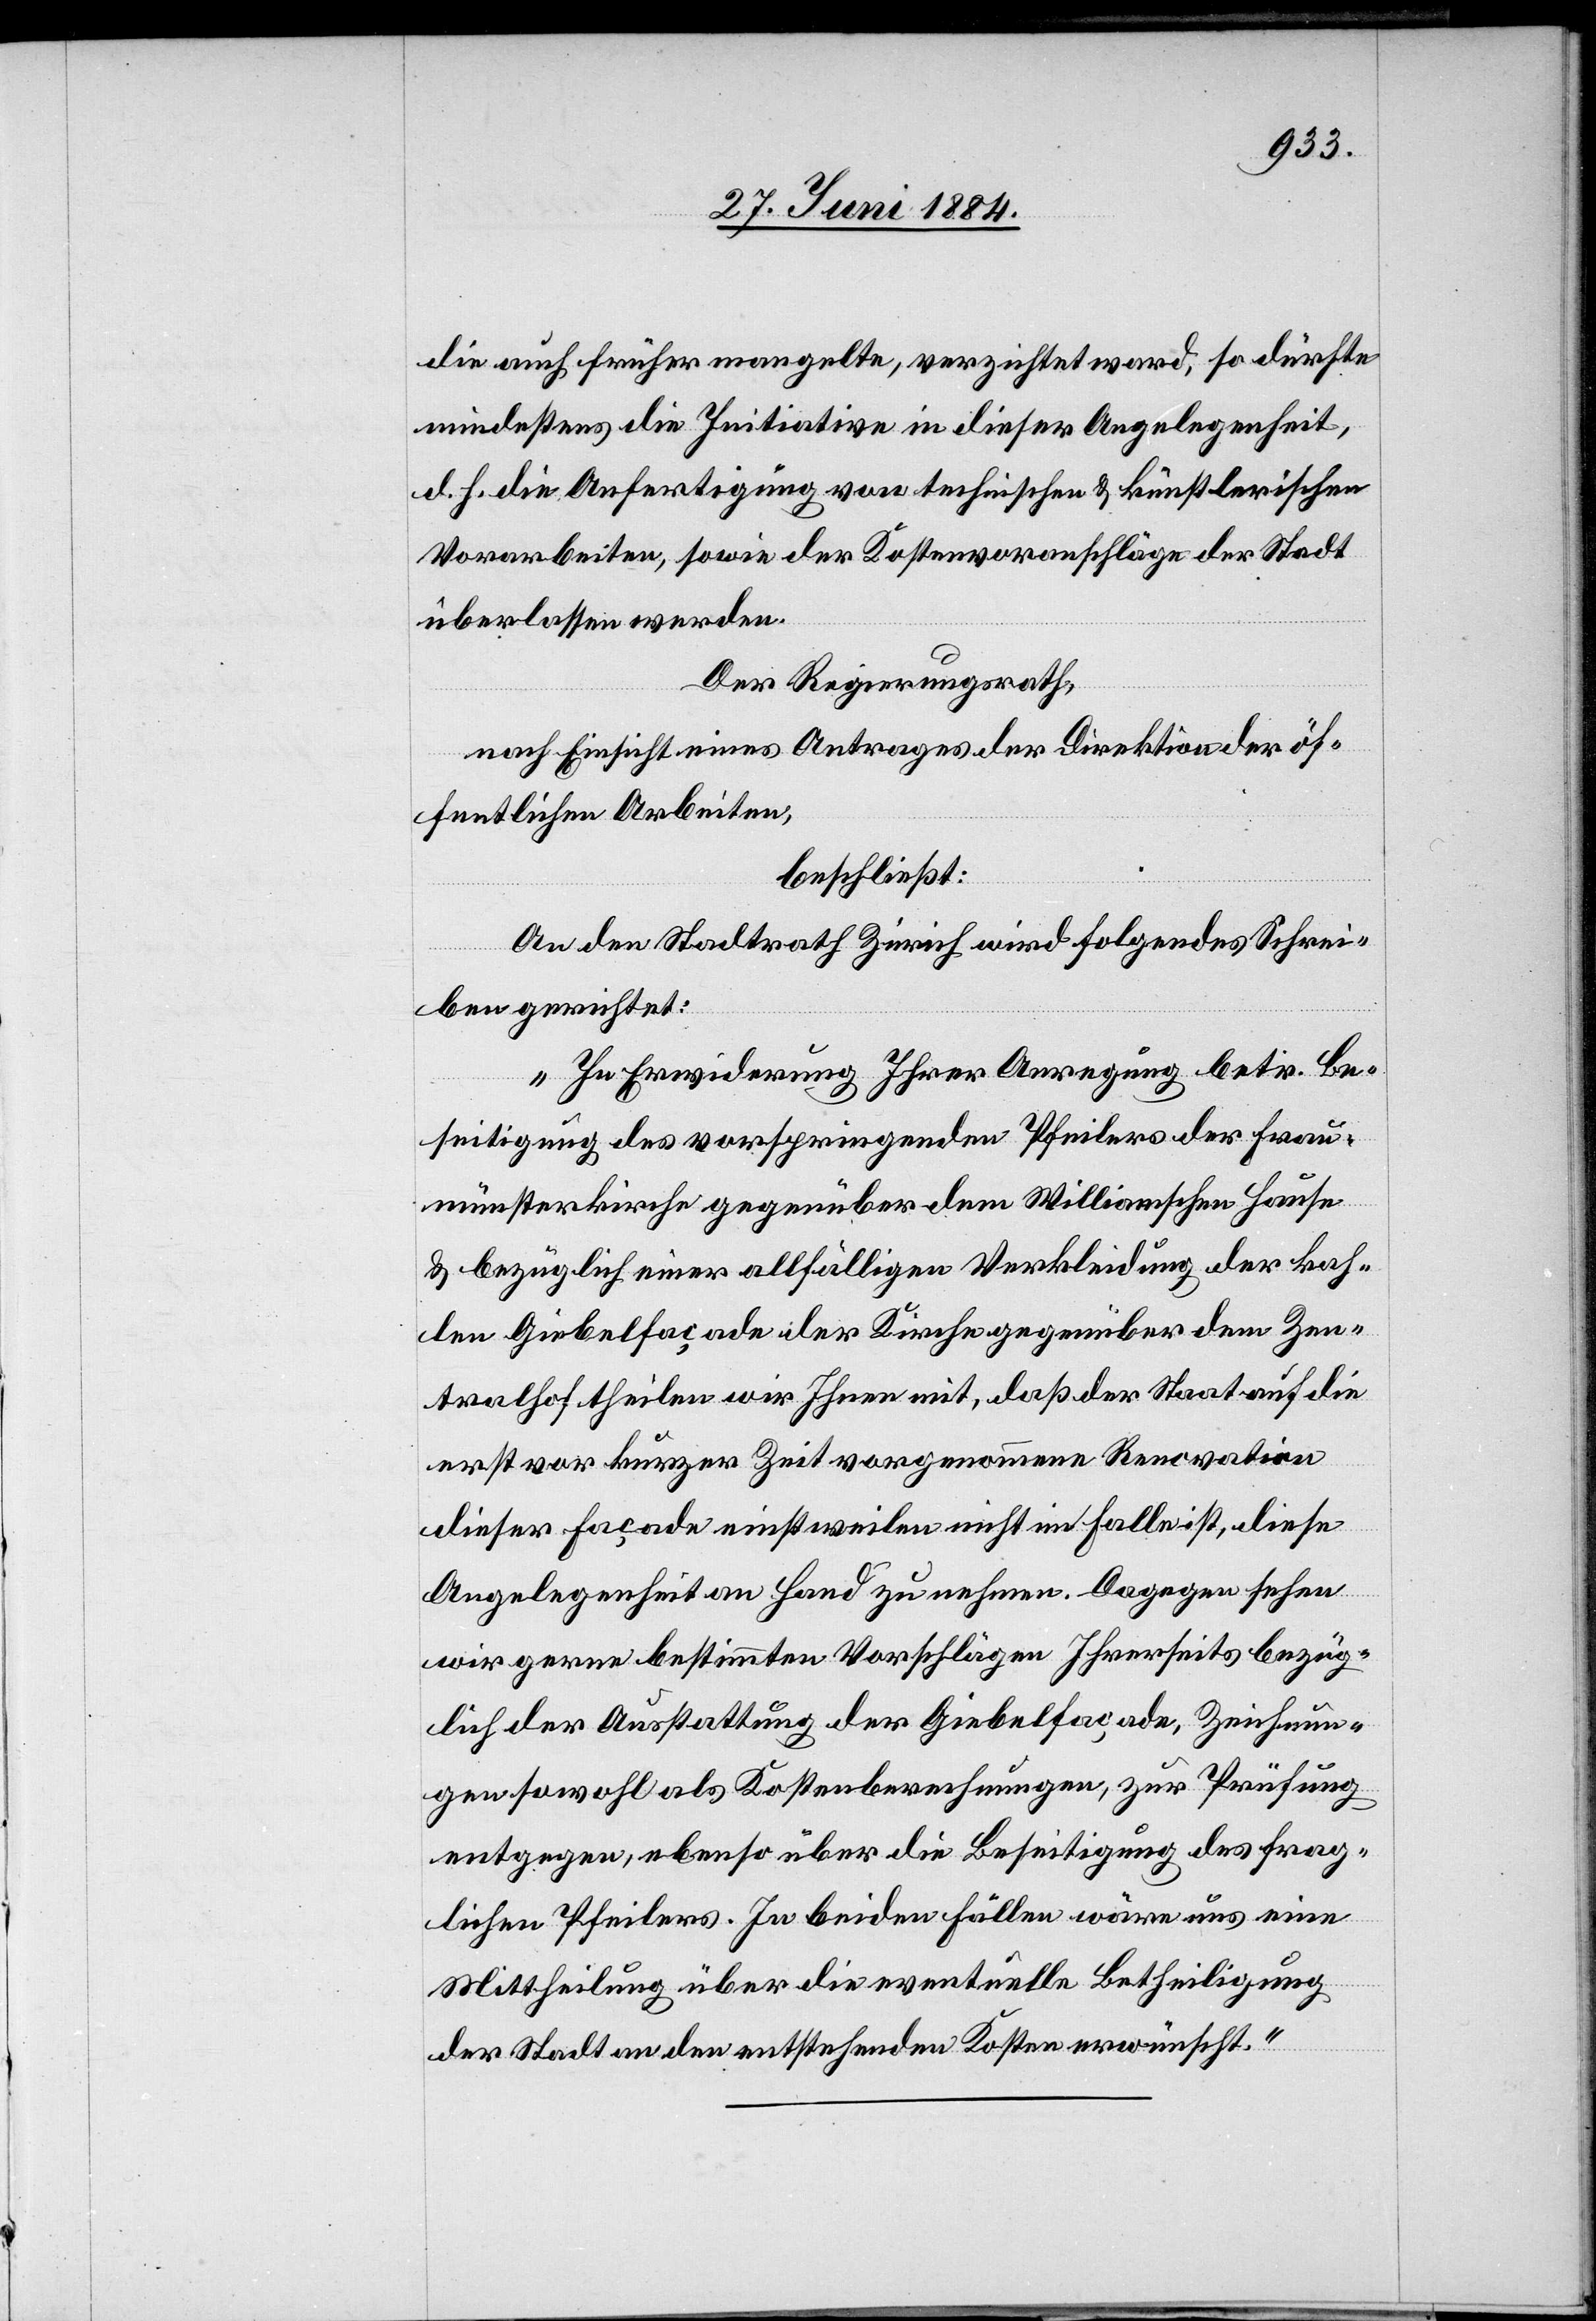
die auch früher mangelte, verzichtet ward, so dürfte
mindestens die Initiative in dieser Angelegenheit,
d. h. die Anfertigung von technischen & künstlerischen
Vorarbeiten, sowie der Kostenvoranschläge der Stadt
überlassen werden.
Der Regierungsrath,
nach Einsicht eins Antrages der Direktion der öf¬
fentlichen Arbeiten,
beschließt:
An den Stadtrath Zürich wird folgendes Schrei¬
ben gerichtet:
„In Erwiderung Ihrer Anregung betr. Be¬
seitigung des vorspringenden Pfeilers der Frau¬
münsterkirche gegenüber dem Williamschen Hause
& bezüglich einer allfälligen Verkleidung der kah¬
len Giebelfaçade der Kirche gegenüber dem Zen¬
tralhof theilen wir Ihnen mit, daß der Staat auf die
erst vor kurzer Zeit vorgenommene Renovation
dieser Façade einstweilen nicht im Falle ist, diese
Angelegenheit an Hand zu nehmen. Dagegen sehen
wir gerne bestimmten Vorschlägen Ihrerseits bezüg¬
lich der Ausstattung der Giebelfaçade, Zeichnun¬
gen sowohl als Kostenberechnungen, zur Prüfung
entgegen, ebenso über die Beseitigung des frag¬
lichen Pfeilers. In beiden Fällen wäre uns eine
Mittheilung über die eventuelle Betheiligung
der Stadt an den entstehenden Kosten erwünscht.“